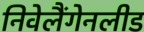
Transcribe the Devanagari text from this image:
निवेलैंगेनलीड